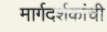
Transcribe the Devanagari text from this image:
मार्गदर्शकांची